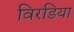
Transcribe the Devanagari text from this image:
विरडिया